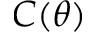
C ( \theta )